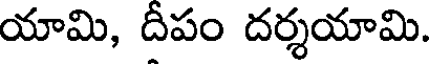
యామి, దీపం దర్శయామి.